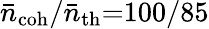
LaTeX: \bar{n}_{\mathrm{coh}}/\bar{n}_{\mathrm{th}}{=}100/85